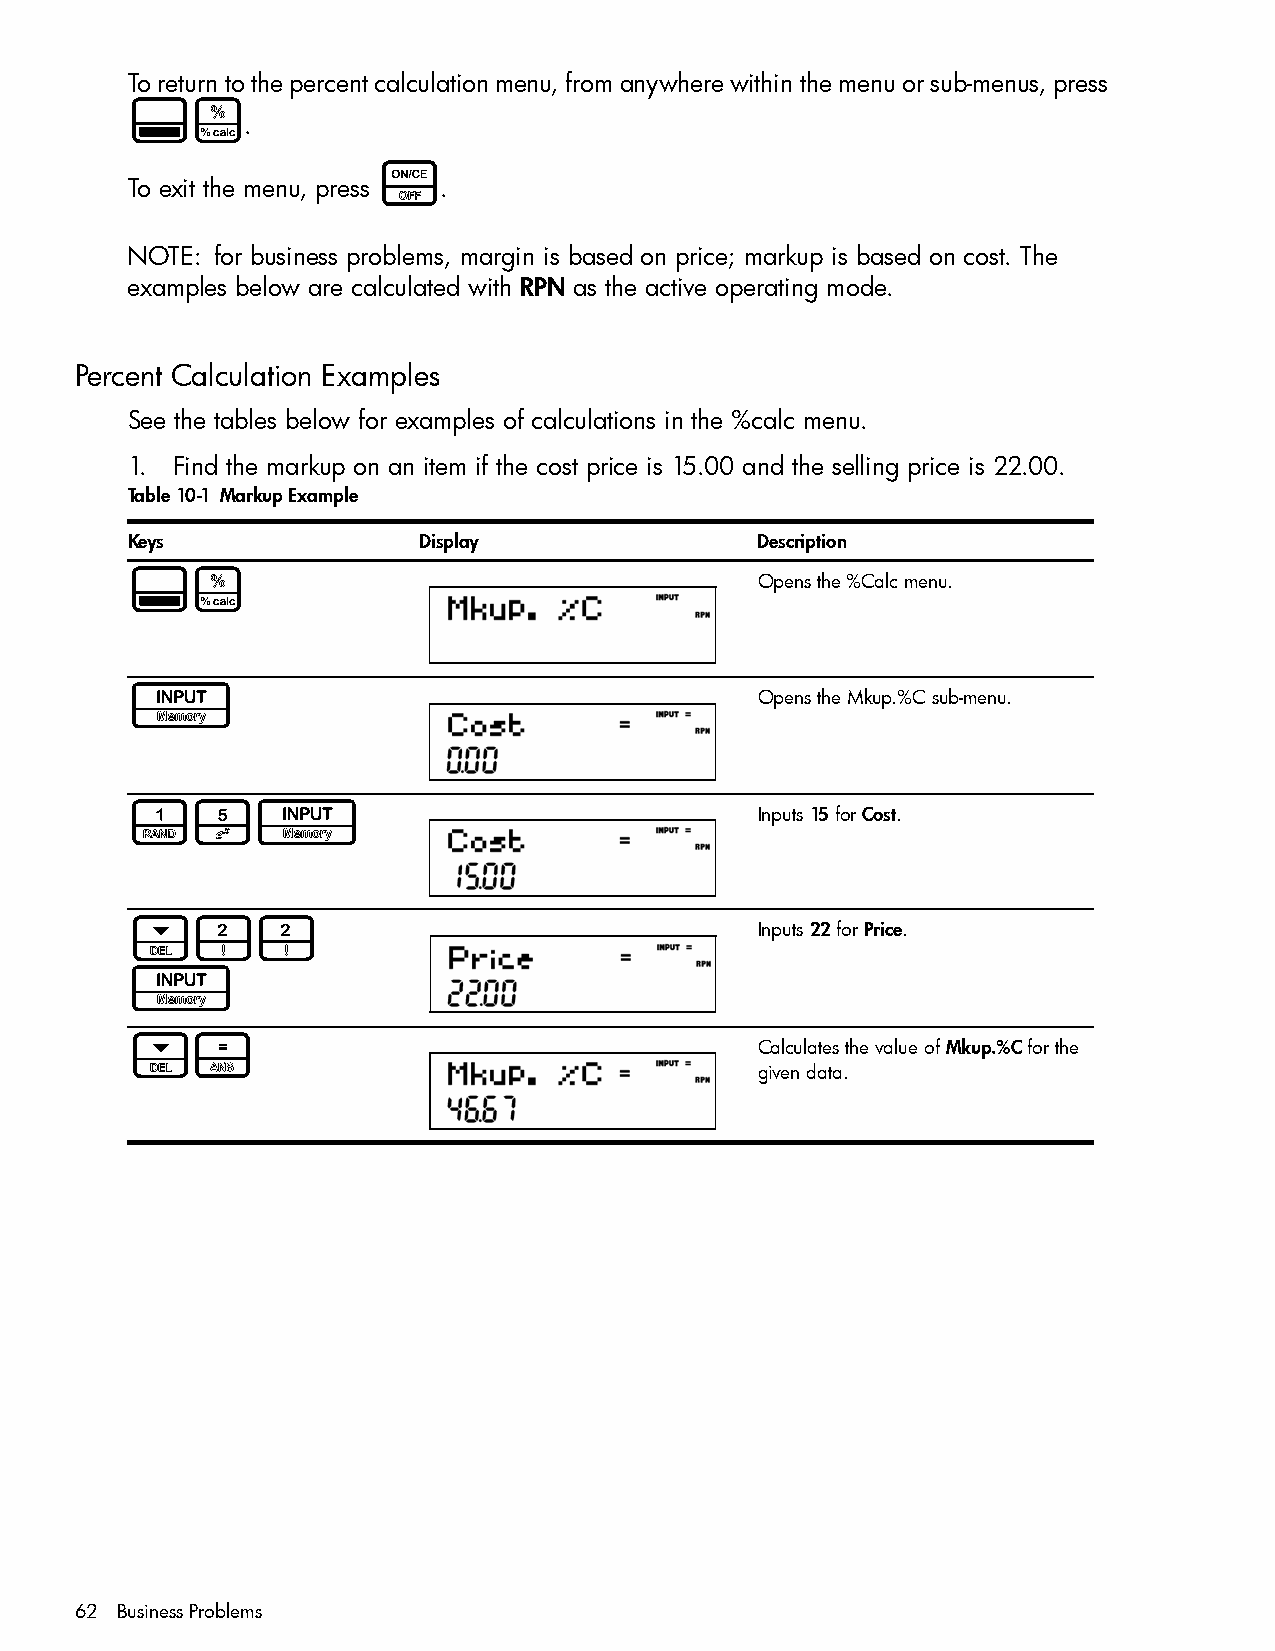
To return to the percent calculation menu, from anywhere within the menu or sub-menus, press
 :#
 .
 O
 To exit the menu, press .
 NOTE: for business problems, margin is based on price; markup is based on cost. The
 examples below are calculated with RPN as the active operating mode.
 Percent Calculation Examples
 See the tables below for examples of calculations in the %calc menu.
 1. Find the markup on an item if the cost price is 15.00 and the selling price is 22.00.
 Table 10-1 Markup Example
 Keys                Display               Description
 :#                                        Opens the %Calc menu.
 I                                         Opens the Mkup.%C sub-menu.
 15I                                       Inputs 15 for Cost.
 <22                                       Inputs 22 for Price.
 I
 <=                                        Calculates the value of Mkup.%C for the
 given data.
 62 Business Problems